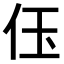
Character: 𠇤